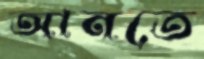
আনতে